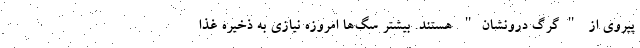
پیروی از "گرگ درونشان" هستند. بیشتر سگ‌ها امروزه نیازی به ذخیره غذا